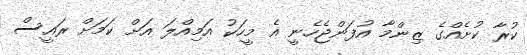
ކުރާ ކުށެއްގެ ޒިންމާ އުފަންޖެހެނީ އެ މީހަކު އަމިއްލަ އަށް ކަމަށް ރައީސް